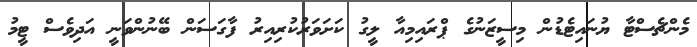
މެންޗެސްޓާ ޔުނައިޓެޑުން މިސީޒަނުގެ ޕްރައިމިއާ ލީގު ކަށަވަރުކުރިއިރު ފާގަސަން ބޭނުންވަނީ އަދިވެސް ޓީމު